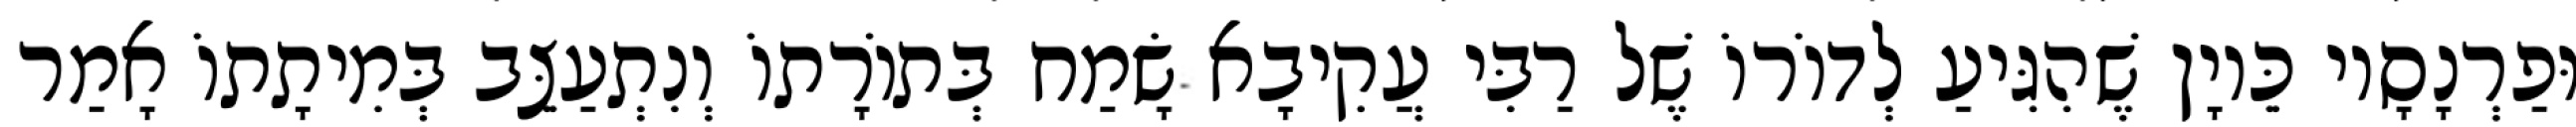
וּפַרְנָסָיו כֵּיוָן שֶׁהִגִּיעַ לְדוֹרוֹ שֶׁל רַבִּי עֲקִיבָא שָׂמַח בְּתוֹרָתוֹ וְנִתְעַצֵּב בְּמִיתָתוֹ אָמַר